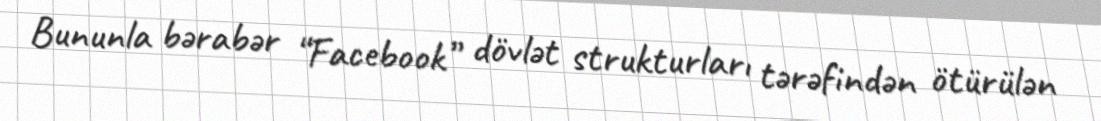
Bununla bərabər “Facebook” dövlət strukturları tərəfindən ötürülən